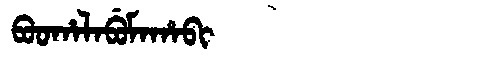
Manchu: ᠪᠣᠣᡥᠠᠯᠠᠪᡠᠮᠠᡥᠠᠪᡳ
Romanization: BOOHALABUMAHABI